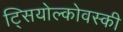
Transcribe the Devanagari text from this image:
ट्सियोल्कोवस्की